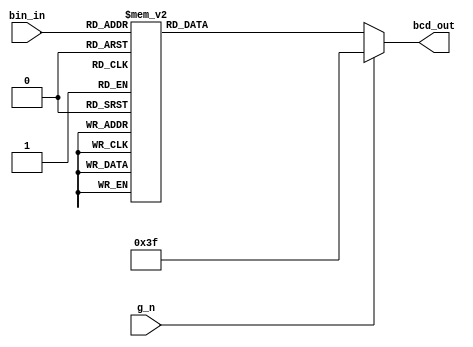
/*
    Filename:    sn185_aep227.v
    Author:      Addison Powell
    Date:        October 14, 2019
    Version:     1
    Description: A behavioral implementation of the SN74185 decoder
                 It takes a 6-bit binary input and outputs a 6-bit BCD code
*/

`timescale 1ns/100ps

module sn185_aep227(g_n, bin_in, bcd_out); 
   input        g_n; 
   input  [5:0] bin_in; 
   output [5:0] bcd_out;
   reg    [5:0] bcd_out;


      always@(bin_in or g_n) begin
    if(g_n == 1'b0) begin
        case(bin_in)
            6'b000000: bcd_out = 6'b000000;
            6'b000001: bcd_out = 6'b000001;
            6'b000010: bcd_out = 6'b000010;
            6'b000011: bcd_out = 6'b000011;
            6'b000100: bcd_out = 6'b000100;
            6'b000101: bcd_out = 6'b000101;
            6'b000110: bcd_out = 6'b000110;
            6'b000111: bcd_out = 6'b000111;
            6'b001000: bcd_out = 6'b001000;
            6'b001001: bcd_out = 6'b001001;
            6'b001010: bcd_out = 6'b010000;
            6'b001011: bcd_out = 6'b010001;
            6'b001100: bcd_out = 6'b010010;
            6'b001101: bcd_out = 6'b010011;
            6'b001110: bcd_out = 6'b010100;
            6'b001111: bcd_out = 6'b010101;
            6'b010000: bcd_out = 6'b010110;
            6'b010001: bcd_out = 6'b010111;
            6'b010010: bcd_out = 6'b011000;
            6'b010011: bcd_out = 6'b011001;
            6'b010100: bcd_out = 6'b100000;
            6'b010101: bcd_out = 6'b100001;
            6'b010110: bcd_out = 6'b100010;
            6'b010111: bcd_out = 6'b100011;
            6'b011000: bcd_out = 6'b100100;
            6'b011001: bcd_out = 6'b100101;
            6'b011010: bcd_out = 6'b100110;
            6'b011011: bcd_out = 6'b100111;
            6'b011100: bcd_out = 6'b101000;
            6'b011101: bcd_out = 6'b101001;
            6'b011110: bcd_out = 6'b110000;
            6'b011111: bcd_out = 6'b110001;
            6'b100000: bcd_out = 6'b110010;
            6'b100001: bcd_out = 6'b110011;
            6'b100010: bcd_out = 6'b110100;
            6'b100011: bcd_out = 6'b110101;
            6'b100100: bcd_out = 6'b110110;
            6'b100101: bcd_out = 6'b110111;
            6'b100110: bcd_out = 6'b111000;
            6'b100111: bcd_out = 6'b111001;
            default:   bcd_out = 6'bxxxxxx;
            // default:   bcd_out = 6'b111110;
        endcase
    end
    else begin
        bcd_out = 6'b111111;
    end
   end

endmodule